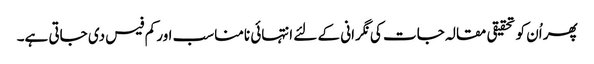
پھر اُن کو تحقیقی مقالہ جات کی نگرانی کے لئے انتہائی نامناسب اور کم فیس دی جاتی ہے۔